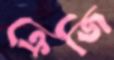
ক্রেজি